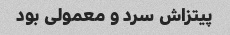
پیتزاش سرد و معمولی بود